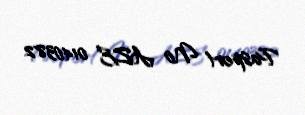
Pasport № AZE 0140382